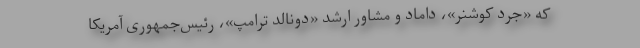
که «جرد کوشنر»، داماد و مشاور ارشد «دونالد ترامپ»، رئیس‌جمهوری آمریکا